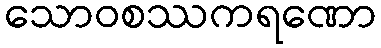
သောဝစဿကရဏော